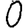
Digit: 0